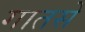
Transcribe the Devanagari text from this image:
गातसे